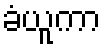
ခံယူကာ